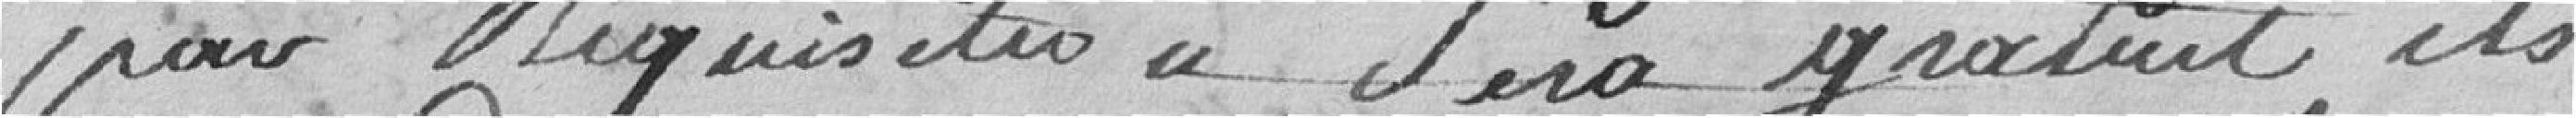
pour réquisition sera gratuit ils